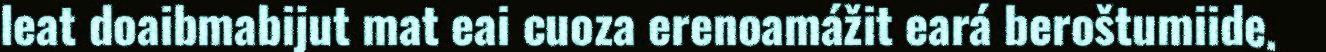
leat doaibmabijut mat eai cuoza erenoamážit eará beroštumiide.